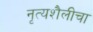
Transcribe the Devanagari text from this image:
नृत्यशैलीचा